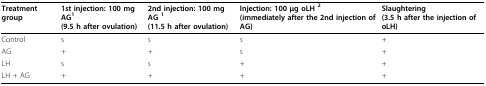
| Treatment group | 1st injection: 100 mg AG1(9.5 h after ovulation) | 2nd injection: 100 mg AG 1(11.5 h after ovulation) | Injection: 100 μg oLH 2(immediately after the 2nd injection of AG) | Slaughtering(3.5 h after the injection of oLH) |
 | --- | --- | --- | --- | --- |
 | Control | s | s | s | + |
 | AG | + | + | s | + |
 | LH | s | s | + | + |
 | LH + AG | + | + | + | + |